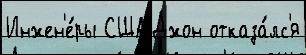
Инжен'е́ры США Джон отказа́лс'я